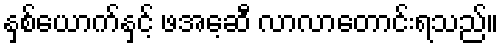
နှစ်ယောက်နှင့် ဖအေ့ဆီ လာလာတောင်းရသည်။